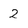
Character: 2